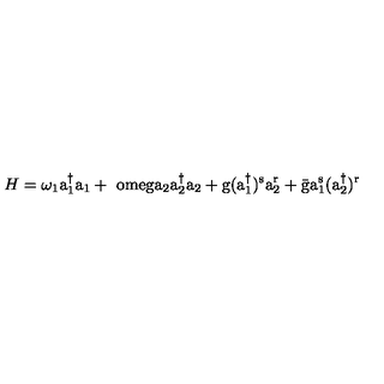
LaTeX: H = \omega _ { 1 } \mathrm { a _ { 1 } ^ { \dagger } a _ { 1 } + \ o m e g a _ { 2 } \mathrm { a _ { 2 } ^ { \dagger } a _ { 2 } + \mathrm { g ( a _ { 1 } ^ { \dagger } ) ^ { s } a _ { 2 } ^ { r } + \bar { \mathrm { g } } a _ { 1 } ^ { s } ( a _ { 2 } ^ { \dagger } ) ^ { r } } } }